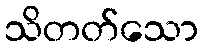
သိတတ်သော